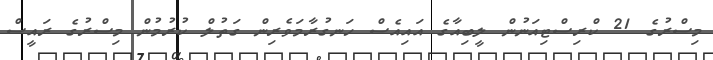
މިސްރުގެ 21 ކްރިސްޓިއަނުން ލީބިއާގެ އައިއެސް ހަނގުރާމަވެރިން ގަތުލް ކުރުމުން މިސްރުގެ ރައީސް